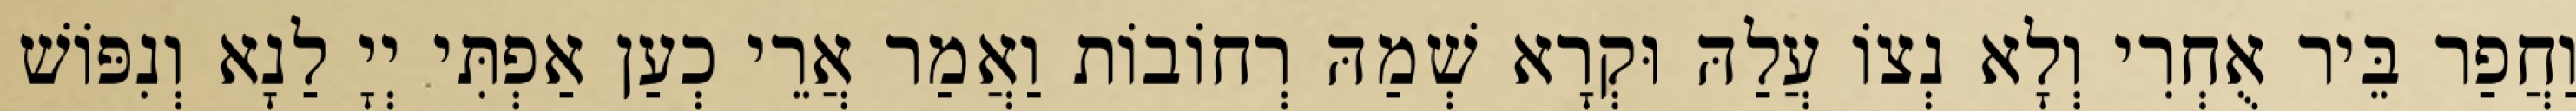
וַחֲפַר בֵּיר אֻחְרִי וְלָא נְצוֹ עֲלַהּ וּקְרָא שְׁמַהּ רְחוֹבוֹת וַאֲמַר אֲרֵי כְעַן אַפְתִּי יְיָ לַנָא וְנִפּוֹשׁ